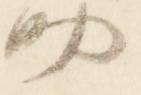
助